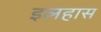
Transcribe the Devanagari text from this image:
इलहास